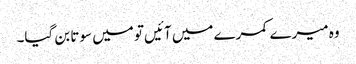
وہ میرے کمرے میں آئیں تو میں سوتا بن گیا۔